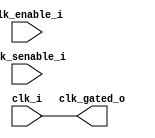
module rrv64_cell_clkgate (
    input wire clk_i,
    input wire clk_enable_i,
    input wire clk_senable_i,
    output wire clk_gated_o
);

// CKGATE
// CKGATE_inst
//     (
//         .cko (clk_gated_o),
//         .cki (clk_i      ),
//         .e   (clk_enable_i),
//         .te  (clk_senable_i),   
//     );

    // wire clk_en;
    // reg clk_en_reg;

    // assign clk_en = clk_enable_i | clk_senable_i;

    // always @ (clk_i or clk_en) begin
    //     if(clk_i == 1'b0) begin
    //         clk_en_reg <= clk_en;
    //     end
    // end

    // assign clk_gated_o = clk_i & clk_en_reg;
    assign clk_gated_o = clk_i;

endmodule